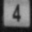
Digit: 4